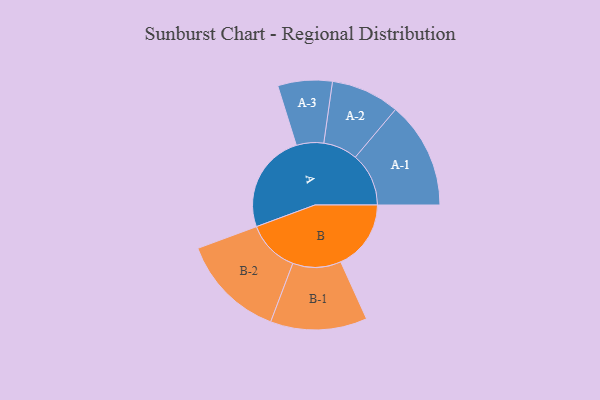
{"axis": {"x": "Segment", "y": "Value"}, "legend": ["", "A", "B"], "data": [{"x": "A", "y": 490, "type": ""}, {"x": "B", "y": 346, "type": ""}, {"x": "A-1", "y": 263, "type": "A"}, {"x": "A-2", "y": 169, "type": "A"}, {"x": "A-3", "y": 134, "type": "A"}, {"x": "B-1", "y": 238, "type": "B"}, {"x": "B-2", "y": 258, "type": "B"}]}